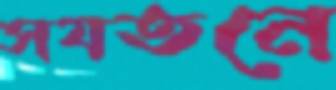
সযতনে